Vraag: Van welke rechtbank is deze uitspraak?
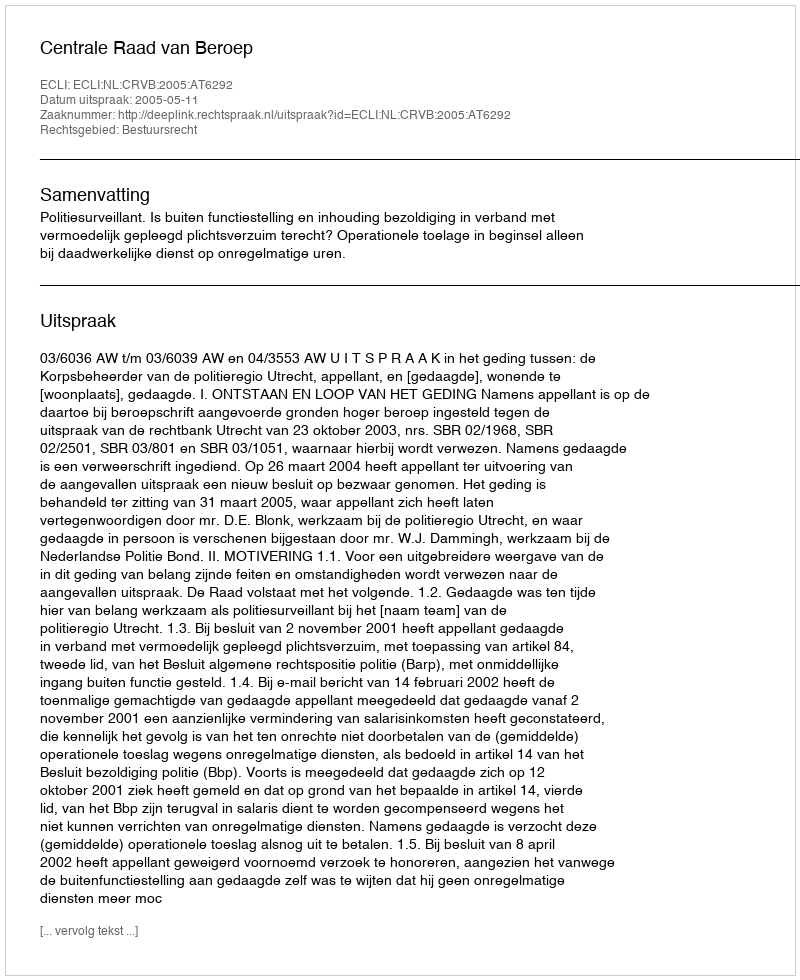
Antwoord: Centrale Raad van Beroep